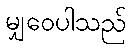
မျှဝေပါသည်